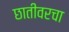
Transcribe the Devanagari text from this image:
छातीवरचा